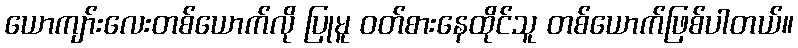
ယောကျာ်းလေးတစ်ယောက်လို ပြုမူ ၀တ်စားနေထိုင်သူ တစ်ယောက်ဖြစ်ပါတယ်။